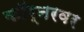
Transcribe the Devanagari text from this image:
काॅर्नरवर